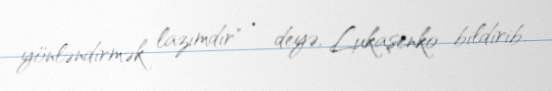
yönləndirmək lazımdır" – deyə, Lukaşenko bildirib.